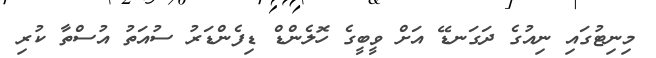
މިނިޓުގައި ނިއުގެ ދަގަނޑޭ އަށް ވީބީގެ ހޮލެންޑް ޑިފެންޑަރު ސުއަތު އުސްތާ ކުރި